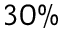
3 0 \%